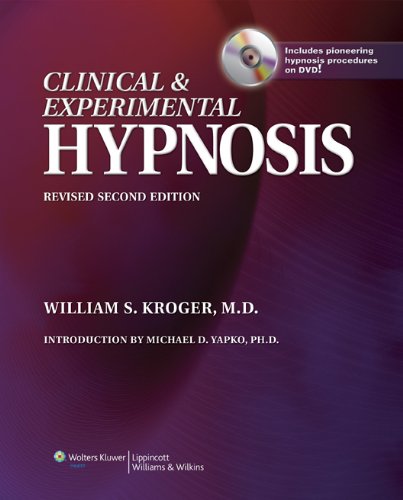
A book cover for Clinical & Experimental Hypnosis: In Medicine, Dentistry, and Psychology; William S. Kroger; Health, Fitness & Dieting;